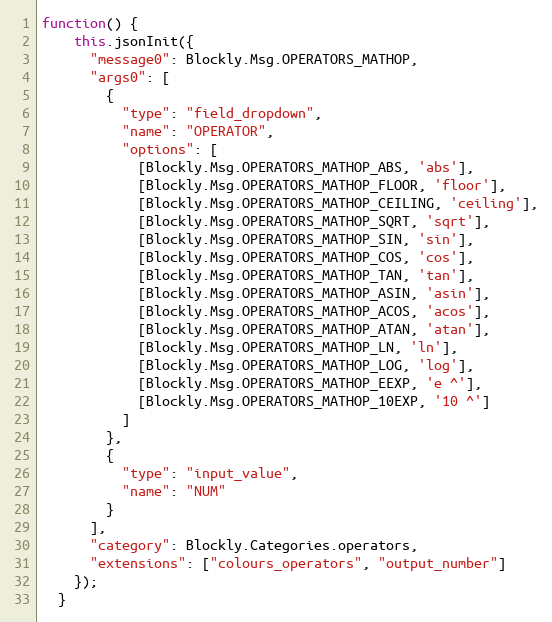
Language: JavaScript
function() {
    this.jsonInit({
      "message0": Blockly.Msg.OPERATORS_MATHOP,
      "args0": [
        {
          "type": "field_dropdown",
          "name": "OPERATOR",
          "options": [
            [Blockly.Msg.OPERATORS_MATHOP_ABS, 'abs'],
            [Blockly.Msg.OPERATORS_MATHOP_FLOOR, 'floor'],
            [Blockly.Msg.OPERATORS_MATHOP_CEILING, 'ceiling'],
            [Blockly.Msg.OPERATORS_MATHOP_SQRT, 'sqrt'],
            [Blockly.Msg.OPERATORS_MATHOP_SIN, 'sin'],
            [Blockly.Msg.OPERATORS_MATHOP_COS, 'cos'],
            [Blockly.Msg.OPERATORS_MATHOP_TAN, 'tan'],
            [Blockly.Msg.OPERATORS_MATHOP_ASIN, 'asin'],
            [Blockly.Msg.OPERATORS_MATHOP_ACOS, 'acos'],
            [Blockly.Msg.OPERATORS_MATHOP_ATAN, 'atan'],
            [Blockly.Msg.OPERATORS_MATHOP_LN, 'ln'],
            [Blockly.Msg.OPERATORS_MATHOP_LOG, 'log'],
            [Blockly.Msg.OPERATORS_MATHOP_EEXP, 'e ^'],
            [Blockly.Msg.OPERATORS_MATHOP_10EXP, '10 ^']
          ]
        },
        {
          "type": "input_value",
          "name": "NUM"
        }
      ],
      "category": Blockly.Categories.operators,
      "extensions": ["colours_operators", "output_number"]
    });
  }